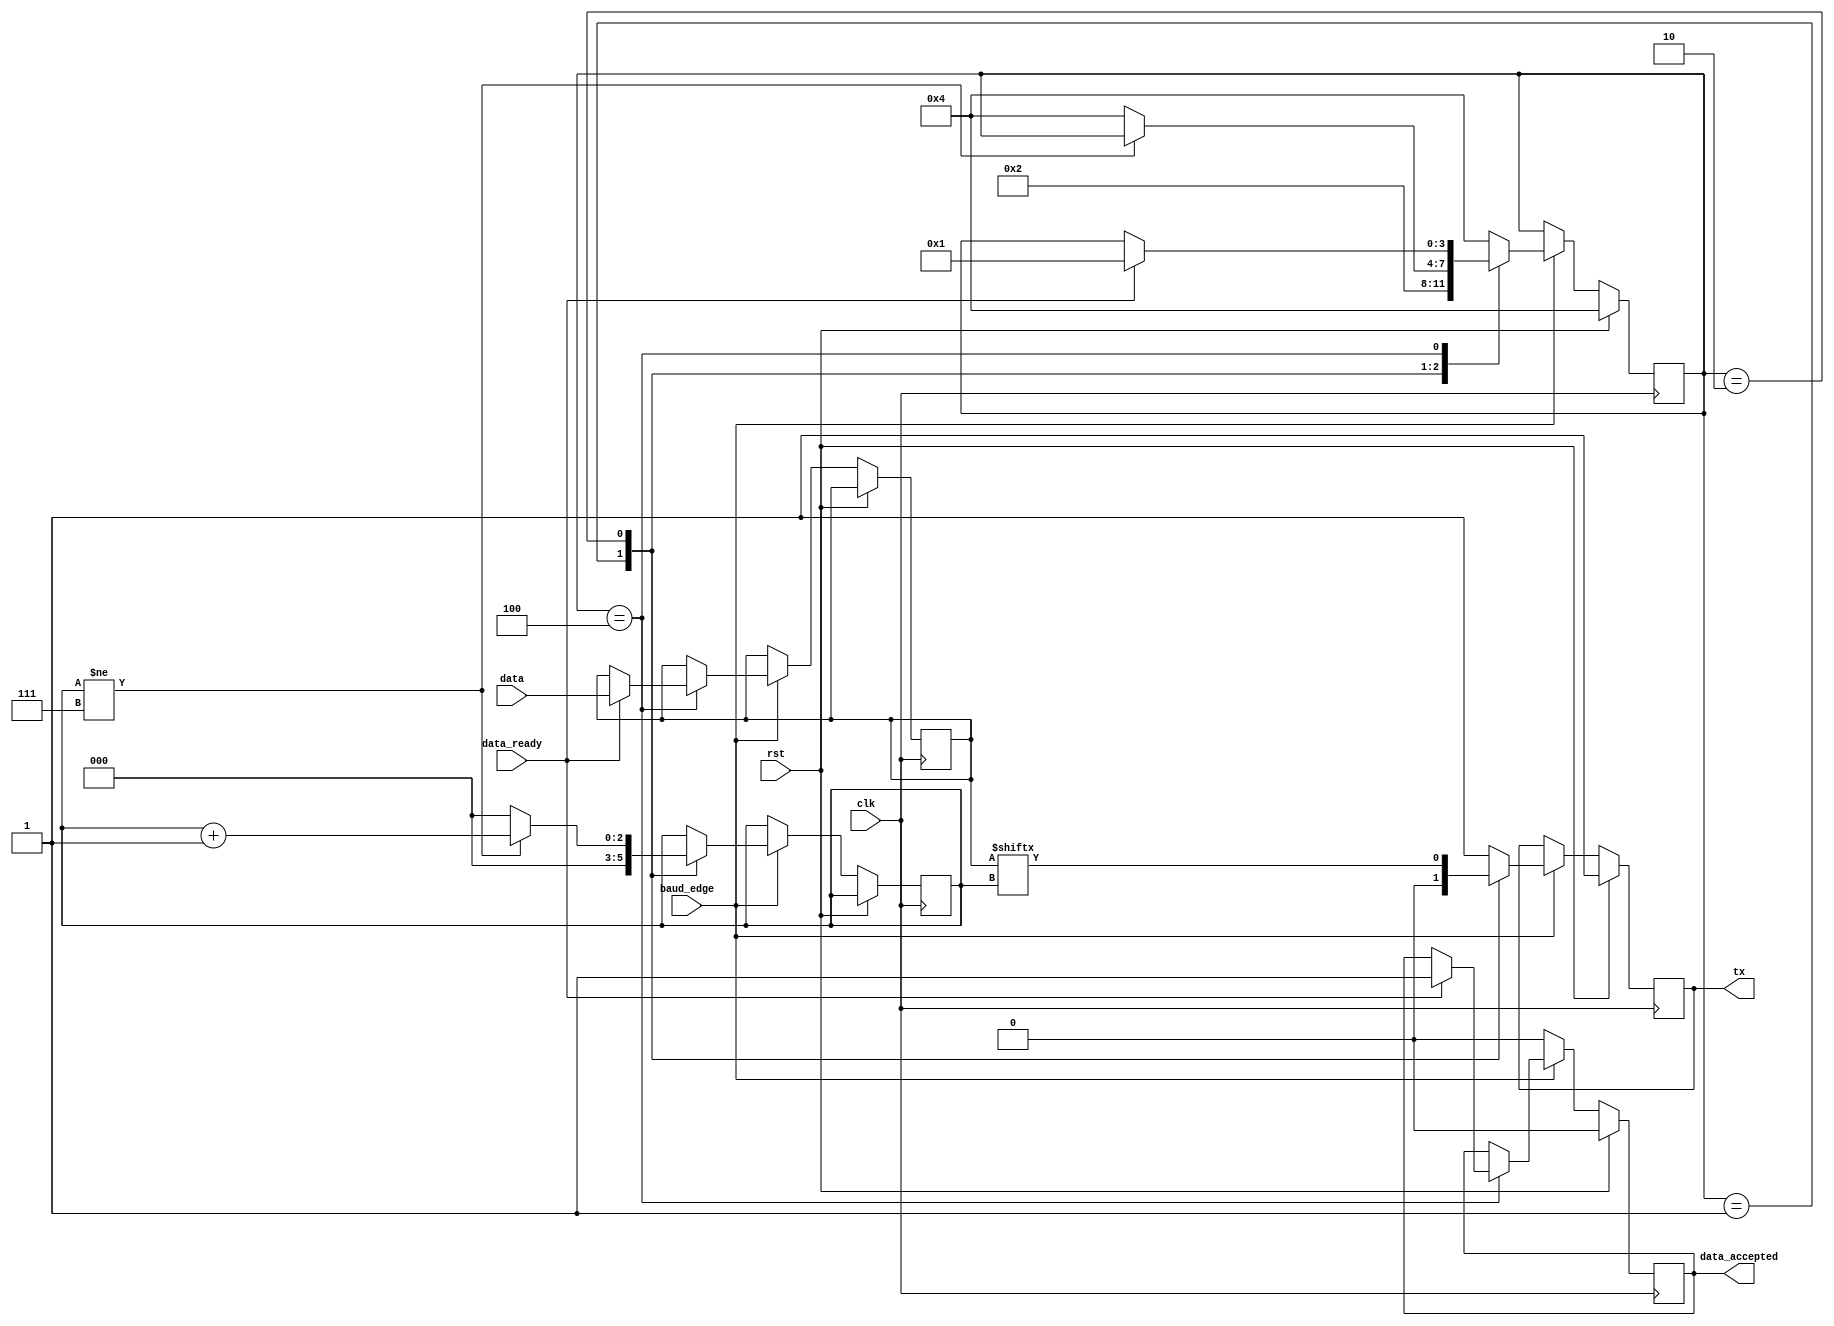
module UART_TX(
    input rst, clk, baud_edge, data_ready,
    input [7:0] data,
    output reg tx, data_accepted
);
    localparam START = (1 << 0), DATA = (1 << 1), END = (1 << 2);

    reg [7:0] data_reg;
    reg [2:0] data_counter;
    reg [3:0] state;

    initial begin
        tx <= 1;
        data_accepted <= 0;
    end

    always @(posedge clk) begin
        if(rst) begin
            state <= END;
            tx <= 1;
            data_accepted <= 0;
        end else if(baud_edge) begin
            case(state)
            START: begin
                tx <= 0;
                data_counter <= 0;
                state <= DATA;
            end
            DATA: begin
                tx <= data_reg[data_counter];
                if(data_counter != 7) begin
                    data_counter <= data_counter + 1;
                end else begin
                    state <= END;
                    data_counter <= 0;
                end
            end
            END: begin
                tx <= 1;
                if(data_ready) begin
                    data_accepted <= 1;
                    data_reg <= data;
                    state <= START;
                end
            end
            default: begin
                tx <= 1;
                state <= END;
            end
            endcase
        end else begin
            data_accepted <= 0;
        end
    end
endmodule